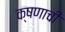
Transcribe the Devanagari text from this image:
क्षणाची